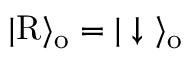
| \mathrm { R } \rangle _ { \mathrm { o } } = | \downarrow \ \rangle _ { \mathrm { o } }